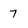
Character: 7